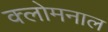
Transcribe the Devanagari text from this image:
क्लोमनाल